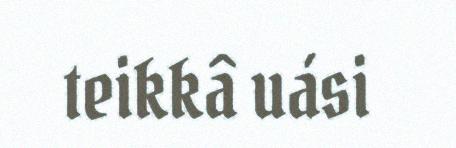
teikkâ uási